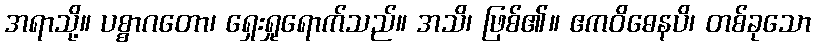
အရာသို့။ ပစ္စာဂတော၊ ရှေးရှုရောက်သည်။ အသိ၊ ဖြစ်၏။ ဧကဝိဓေနပိ၊ တစ်ခုသော